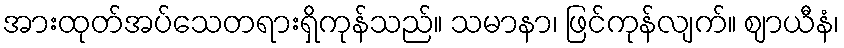
အားထုတ်အပ်သေတရားရှိကုန်သည်။ သမာနာ၊ ဖြင်ကုန်လျက်။ ဈာယီနံ၊